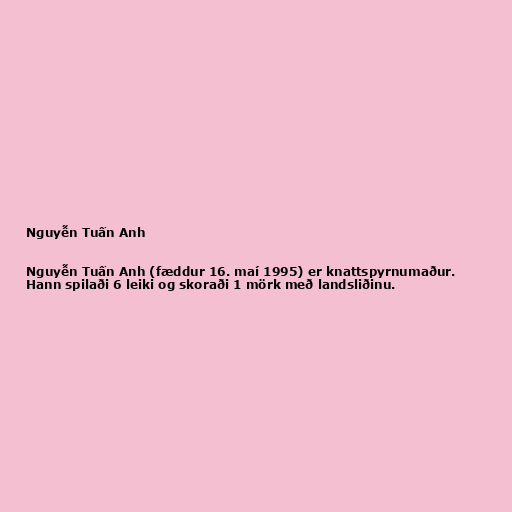
Nguyễn Tuấn Anh

Nguyễn Tuấn Anh (fæddur 16. maí 1995) er knattspyrnumaður.
Hann spilaði 6 leiki og skoraði 1 mörk með landsliðinu.